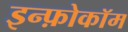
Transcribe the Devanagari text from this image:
इन्फ़ोकॉम